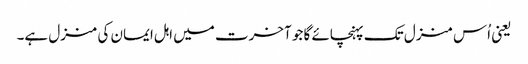
یعنی اُس منزل تک پہنچائے گا جو آخرت میں اہل ایمان کی منزل ہے۔